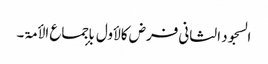
السجود الثانی فرض کالأول بإجماع الأمۃ۔